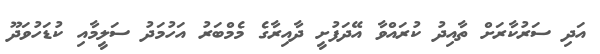
އަދި ސަރުކާރަށް ތާއިދު ކުރައްވާ އޭދަފުށީ ދާއިރާގެ މެމްބަރު އަހުމަދު ސަލީމާއި ކުޑަހުވަދޫ